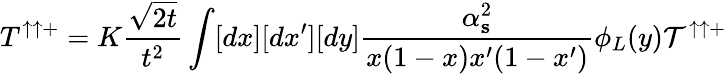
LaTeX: T^{\uparrow\uparrow+}=K\displaystyle{\frac{\sqrt{2t}}{t^{2}}}\int[dx][dx^{\prime}][dy]\displaystyle{\frac{\alpha_{\mathbf s}^{2}}{x(1-x)x^{\prime}(1-x^{\prime})}}{\phi}_{L}(y){\cal T}^{\uparrow\uparrow+}